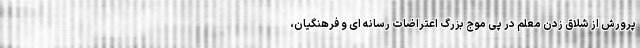
پرورش از شلاق زدن معلم در پی موج بزرگ اعتراضات رسانه ای و فرهنگیان،